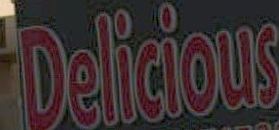
Delicious